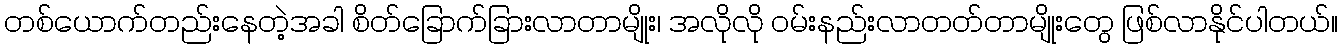
တစ်ယောက်တည်းနေတဲ့အခါ စိတ်ခြောက်ခြားလာတာမျိုး၊ အလိုလို ဝမ်းနည်းလာတတ်တာမျိုးတွေ ဖြစ်လာနိုင်ပါတယ်။